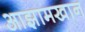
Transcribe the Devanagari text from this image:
आझामखान